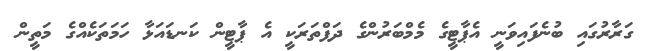
ގަރާރުގައި ބުނެފައިވަނީ އެޕާޓީގެ މެމްބަރުންގެ ދަފްތަރަކީ އެ ޕާޓީން ކަނޑައަޅާ ހަމަތަކެއްގެ މަތީން